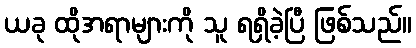
ယခု ထိုအရာများကို သူ ရရှိခဲ့ပြီ ဖြစ်သည်။